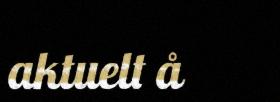
aktuelt å